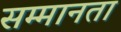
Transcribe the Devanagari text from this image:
सम्मानता